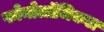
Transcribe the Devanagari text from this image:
फोनोलॉजिकल